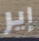
إير